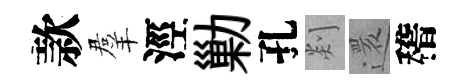
款羣涇勦孔剡還稽